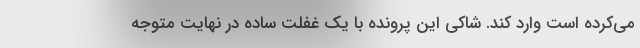
می‌کرده است وارد کند. شاکی این پرونده با یک غفلت ساده در نهایت متوجه